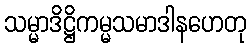
သမ္မာဒိဋ္ဌိကမ္မသမာဒါနဟေတု